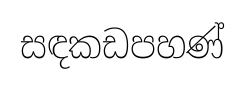
සඳකඩපහණ්